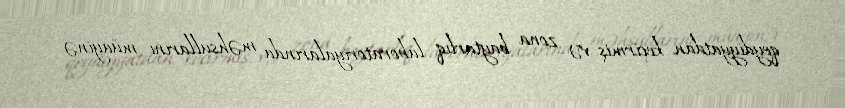
qeydiyyatdan keçirmiş və zona baytarlıq laboratoriyalarında məhsullarını müayinə